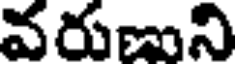
వరుణుని